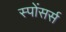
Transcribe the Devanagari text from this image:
स्पोंसर्स